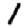
Digit: 1